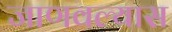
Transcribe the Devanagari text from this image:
जाणवल्यास